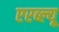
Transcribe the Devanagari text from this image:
एरब्ल्यू